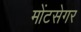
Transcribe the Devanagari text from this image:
मोंटसेगर